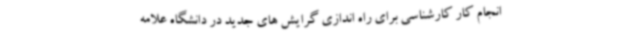
انجام کار کارشناسی برای راه اندازی گرایش های جدید در دانشگاه علامه